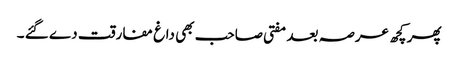
پھر کچھ عرصہ بعد مفتی صاحب بھی داغ مفارقت دے گئے ۔